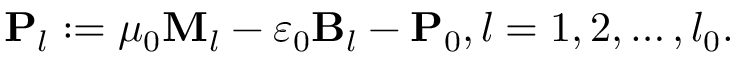
\mathbf { P } _ { l } : = \mu _ { 0 } \mathbf { M } _ { l } - \varepsilon _ { 0 } \mathbf { B } _ { l } - \mathbf { P } _ { 0 } , l = 1 , 2 , \ldots , l _ { 0 } .